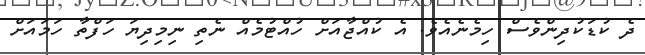
ދެ ކުޑަކުދިންވެސް ހިމެނެއެވެ. އެ ކުއްޖާއަށް ހުއްޓުމެއް ނެތި ނިމިދިޔަ ހަފްތާ ހަމައަށް